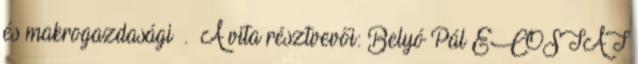
és makrogazdasági . A vita résztvevői: Belyó Pál ECOSTAT